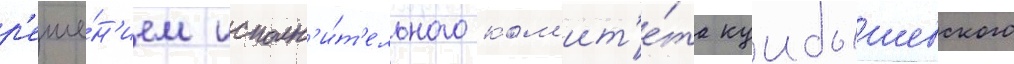
р'еше́н'ием исполн'и́т'ельного ком'ит'е́та куибышевского